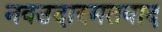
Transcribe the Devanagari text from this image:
नवउदारमतवाद